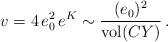
LaTeX: \begin{align*}v=4\, e_0^2\, e^K\sim {(e_0)^2\over {\rm vol}(CY)}\, .\end{align*}